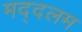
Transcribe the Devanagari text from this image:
मद्दलम